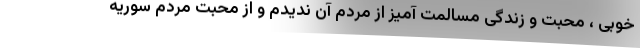
خوبی ، محبت و زندگی مسالمت آمیز از مردم آن ندیدم و از محبت مردم سوریه